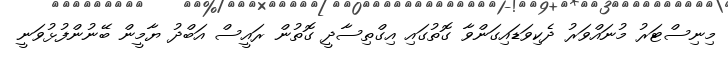
މިނިސްޓަރު މުނައްވަރު ދެކިވަޑައިގަންވާ ގޮތުގައި އިގްތިސާދީ ގޮތުން ރައީސް އަބްދު ޔާމީން ބޭނުންފުޅުވަނީ